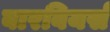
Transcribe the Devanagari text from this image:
बारबियर्स